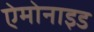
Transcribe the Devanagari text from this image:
ऐमोनाइड